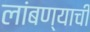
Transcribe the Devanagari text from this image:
लांबण्याची